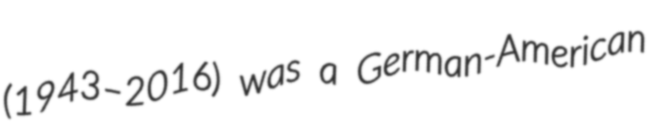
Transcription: (1943–2016) was a German-American